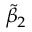
\tilde { \beta } _ { 2 }